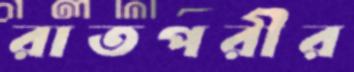
রাতপরীর